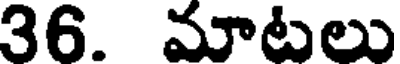
36. మాటలు